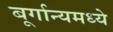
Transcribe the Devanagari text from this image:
बूर्गान्यमध्ये